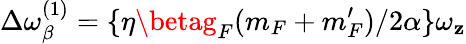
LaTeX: \Delta\omega_{\beta}^{(1)}=\{ \eta\betag_{F}(m_{F}+m_{F}^{\prime})/2\alpha\} \omega_{\mathbf{z}}